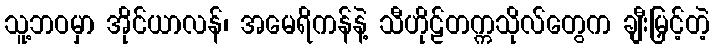
သူ့ဘဝမှာ အိုင်ယာလန်၊ အမေရိကန်နဲ့ သီဟိုဠ်တက္ကသိုလ်တွေက ချီးမြှင့်တဲ့